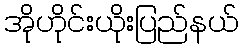
အိုဟိုင်းယိုးပြည်နယ်